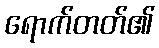
ရောက်တတ်၏